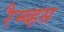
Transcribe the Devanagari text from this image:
रैम्ब्हस